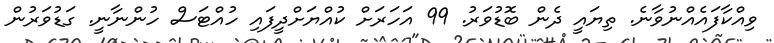
ވިއްކާފައެއްނުވާނެ. ތިޔައީ ދެން ބޮޑުވަރު. 99 އަހަރަށް ކުއްޔަށްދީފައި ހުއްޓަސް ހުންނާނީ. ގަޑުވަރުން